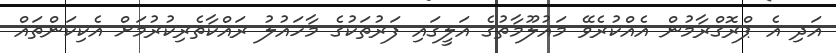
އަދި އެ ޕްރޮގްރާމުން އެއްކުރެވޭ މައުލޫމާތުގެ އަލީގައި ފަރުތަކުގެ މާހައުލު ރައްކާތެރިކުރުމަށް އެކިކަންތައް